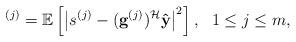
LaTeX: \begin{align*}^{(j)}=\mathbb{E}\left[\left|s^{(j)}-(\mathbf{g}^{(j)})^{\mathcal{H}}\mathbf{\hat{y}}\right|^{2}\right],\ \ 1\leq j\leq m,\end{align*}